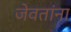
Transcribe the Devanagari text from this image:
जेवतांना